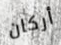
أركان